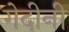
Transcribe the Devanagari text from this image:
गेदीनी